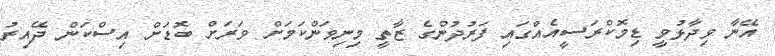
އޭނާ ވިދާޅުވީ ޑިމޮކްރަސީއެއްގައި ފަރުދުންގެ ޒާތީ މިނިވަންކަމަށް ވަރަށް ބޮޑަށް އިސްކަން ދޭއިރު